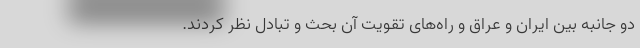
دو جانبه بین ایران و عراق و راه‌های تقویت آن بحث و تبادل نظر کردند.